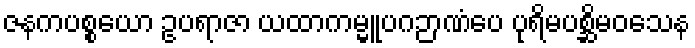
ဇနကပစ္စယော ဥပရာဇာ ယထာကမ္မူပဂဉာဏံပေ ပုရိမပစ္ဆိမဝသေန